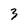
Character: 3